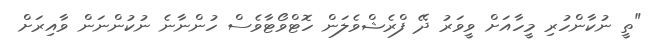
"ތީ ނުކާންހުރި މީހާއަށް ވީވަރު ދޭ ފްރެޝްވެލަން ހޮޓްވޯޓާވެސް ހުންނާނެ ނުކުންނަން ވާއިރަށް